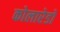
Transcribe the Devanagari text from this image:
कोलारेडो